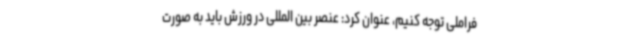
فراملی توجه کنیم، عنوان کرد: عنصر بین المللی در ورزش باید به صورت